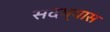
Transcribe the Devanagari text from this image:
सदभ्यास